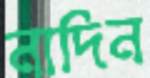
নাদিন